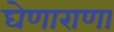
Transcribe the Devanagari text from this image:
घेणाराणा